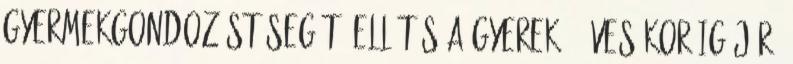
Gyermekgondozást segítő ellátás a gyerek 3 éves koráig jár?